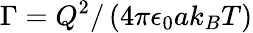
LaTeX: \Gamma=Q^{2}/\left(4\pi\epsilon_{0}ak_{B}T\right)